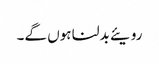
رویئے بدلنا ہوں گے۔